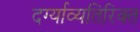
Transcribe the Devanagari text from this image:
दर्ग्याव्यतिरिक्त